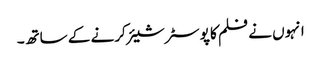
انہوں نے فلم کا پوسٹر شیئر کرنے کے ساتھ۔